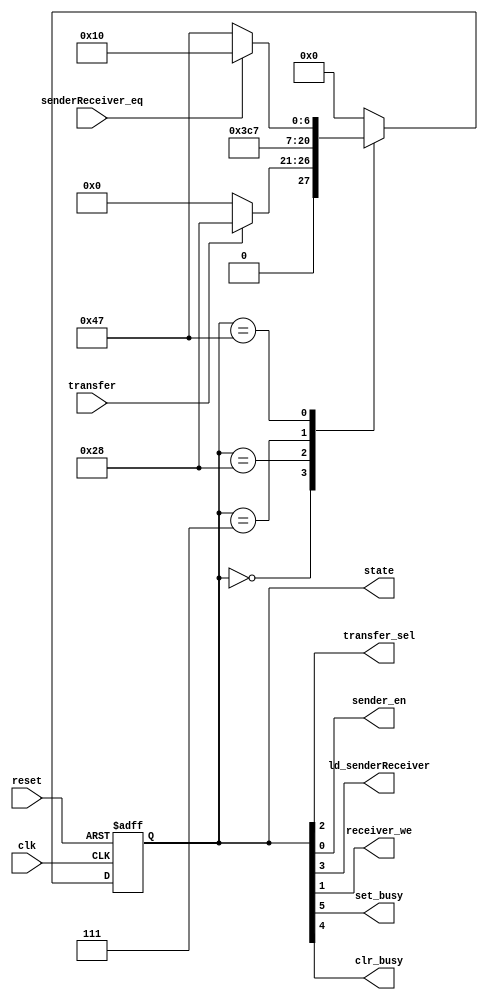
`timescale 1ns / 1ps
module controller(state, transfer_sel, sender_en, ld_senderReceiver, receiver_we, set_busy, clr_busy, clk, reset, transfer, senderReceiver_eq);
	input clk, reset, transfer, senderReceiver_eq;
	output [6:0] state; //state output for debugging
	output transfer_sel, sender_en, ld_senderReceiver, receiver_we;
	output set_busy, clr_busy;

	reg [6:0] state;

// State Encoding Here
	parameter A=7'b0000000, B=7'b0101000, C=7'b0000111, D=7'b1000111, E=7'b0010000;

// Register and Combinational Transition logic here
	always @(posedge clk or posedge reset)
		begin
			if (reset == 1'b1)
				state<=A;
			else
				case (state)
				A: 	if (transfer == 1'b1)
						state <= B;
					else
						state <= A;
				B: state <= C;
				C: state <= D;
				D: 	if (senderReceiver_eq == 1'b1)
						state <= E;
					else
						state <= D;
				D: state <= E;
				E: state <= A;
				default: state <= A;
				endcase
		end
// Outputs are directly the state encoding signals
assign set_busy = state[5];
assign clr_busy = state[4];
assign ld_senderReceiver = state[3];
assign transfer_sel = state[2];
assign receiver_we = state[1];
assign sender_en = state[0];
endmodule